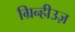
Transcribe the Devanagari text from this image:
ग्रिन्हीउज़